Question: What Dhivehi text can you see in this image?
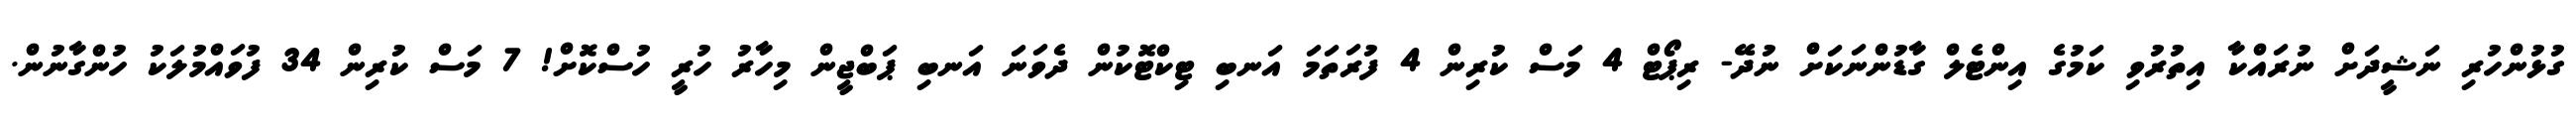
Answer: ގުޅުންހުރި ނަޝީދަށް ނުރައްކާ އިތުރުވި ކަމުގެ އިންޓެލް ގާޑުންނަކަށް ނުދޭ- ރިޕޯޓް 4 މަސް ކުރިން 4 ފުރަތަމަ އަނބި ޓިކްޓޮކުން ދެވަނަ އަނބި ޕަބްޖީން މިހާރު ހުރީ ހުސްކޮށް! 7 މަސް ކުރިން 34 ފުވައްމުލަކު ހުންގާނުން.